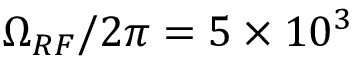
\Omega _ { R F } / 2 \pi = 5 \times 1 0 ^ { 3 }